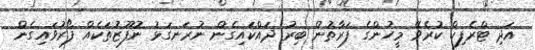
އަދި ޓްރެފިކް ކުރެވޭ މީހުންގެ ފަރާތުން ބިރު ދައްކައިގެން ނުރަނގަޅު ނުފޫޒުތަކެއް ފޯރުވައިގެން